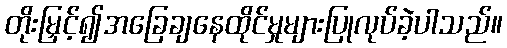
တိုးမြှင့်၍အခြေချနေထိုင်မှုများပြုလုပ်ခဲ့ပါသည်။